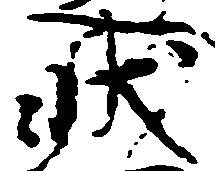
状